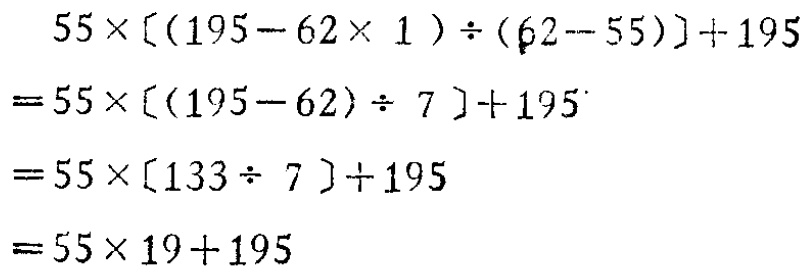
\[

\begin{align*}

&55\times[(195 - 62\times1)\div(62 - 55)]+195\\

=&55\times[(195 - 62)\div7]+195\\

=&55\times[133\div7]+195\\

=&55\times19 + 195

\end{align*}

\]